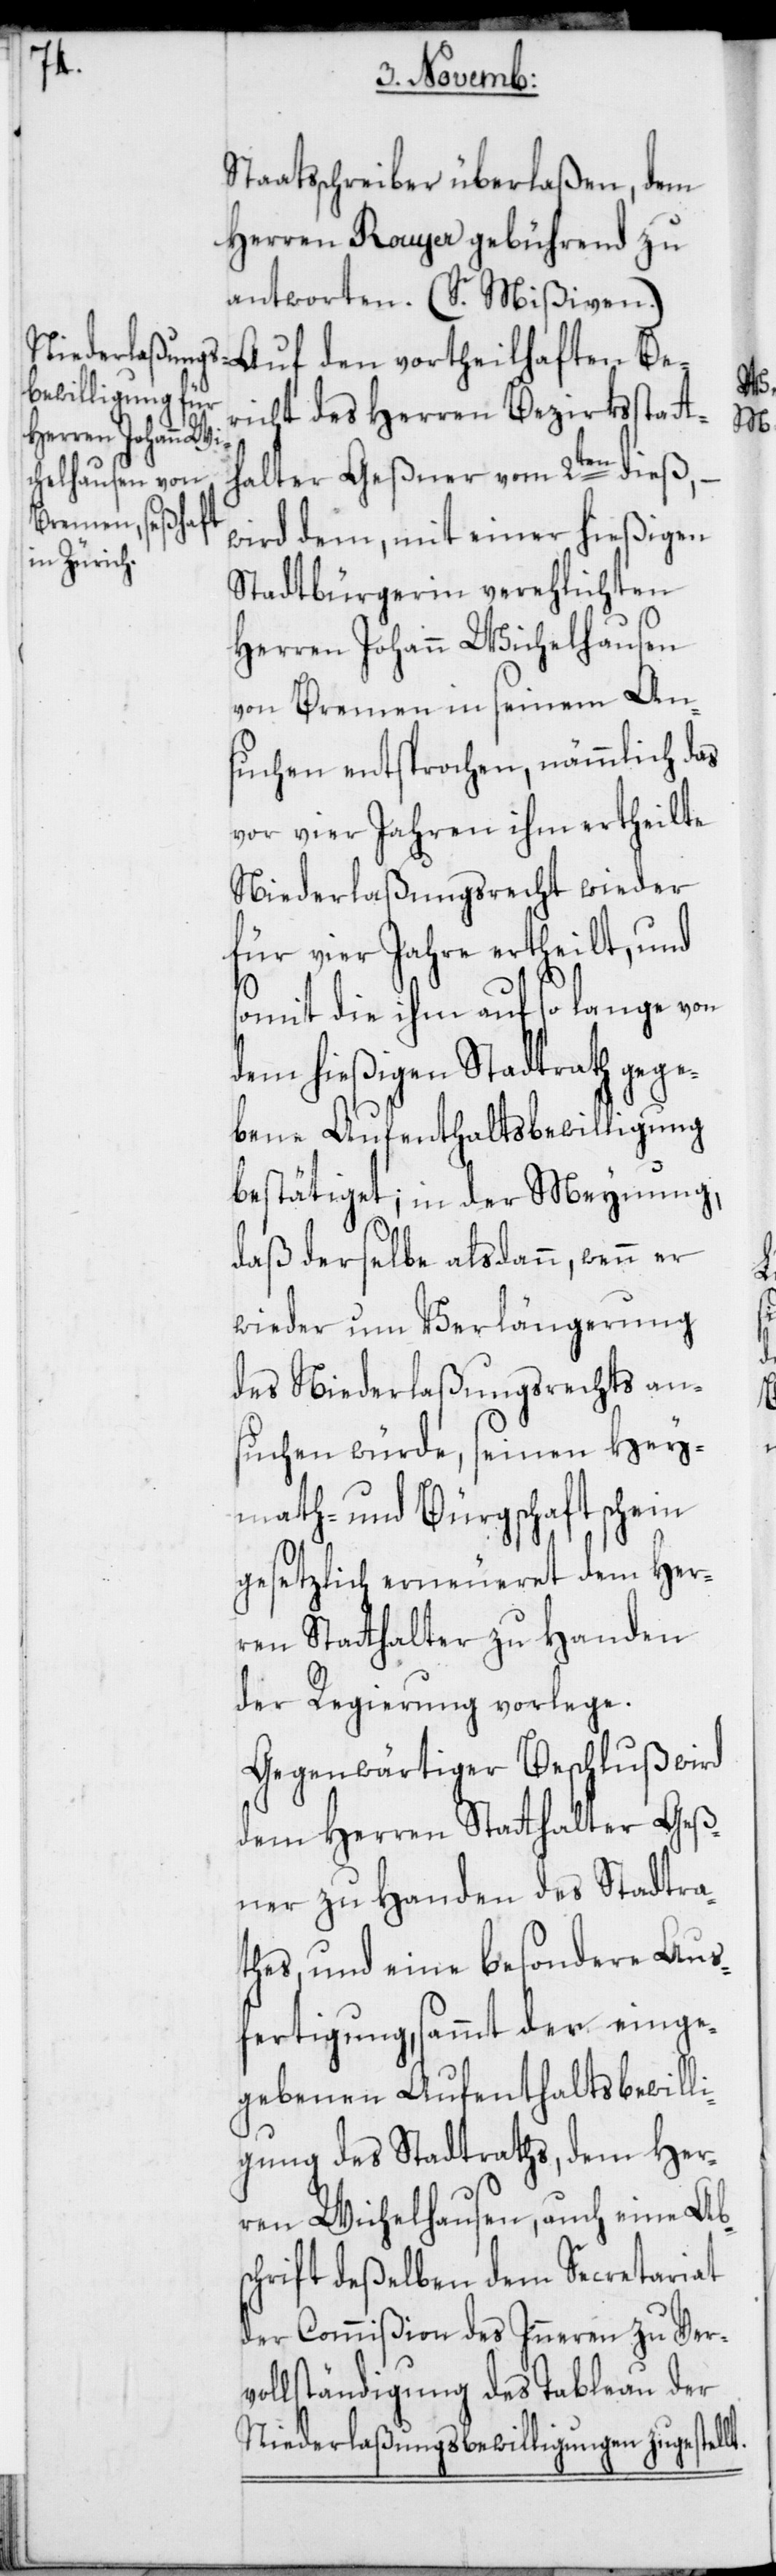
Staatsschreiber überlaßen, dem
Herren Rouyer gebührend zu
antworten. (S. Mißiven.)
Auf den vortheilhaften Be¬
richt des Herren Bezirksstatt¬
halter Geßner vom 2ten dieß,
wird dem, mit einer hießigen
Stadtbürgerin verehlichten
Herren Johann Wichelhausen
von Bremen in seinem An¬
suchen entsprochen, nämmlich das
vor vier Jahren ihm ertheilte
Niederlaßungsrecht wieder
für vier Jahre ertheilt, und
somit die ihm auf so lange von
dem hießigen Stadtrath gege¬
bene Aufenthaltsbewilligung
bestätiget; in der Meynung,
daß derselbe alsdann, wenn er
wieder um Verlängerung
des Niederlaßungsrechts an¬
suchen würde, seinen Hey¬
math- und Bürgschaftschein
gesetzlich erneueret dem Her¬
ren Statthalter zu Handen
der Regierung vorlege.
Gegenwärtiger Beschluß wird
dem Herren Statthalter Geß¬
ner zu Handen des Stadtra¬
thes, und eine besondere Aus¬
fertigung, sammt der einge¬
gebenen Aufenthaltsbewilli¬
gung des Stadtraths, dem Her¬
ren Wichelhausen, auch eine Abs¬
chrift deßelben dem Secretariat
der Commißion des Inneren zu Ver¬
vollständigung des Tableau der
Niederlaßungsbewilligungen zugestell¬

t.